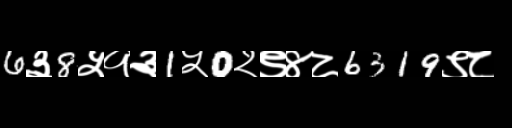
Text: 6३8५१३1५0२९४८6319९८